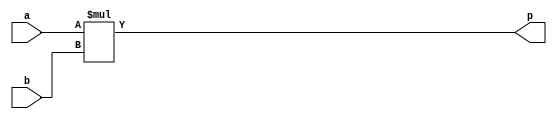
module multiplier (
  input [31:0] a,
  input [31:0] b,

  output reg [31:0] p
);

  always @(*)
    begin
      p = a * b;
    end

endmodule